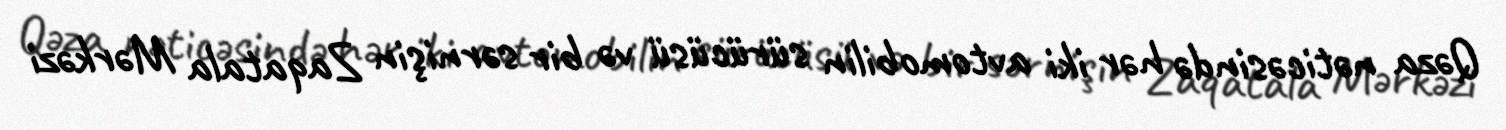
Qəza nəticəsində hər iki avtomobilin sürücüsü və bir sərnişin Zaqatala Mərkəzi